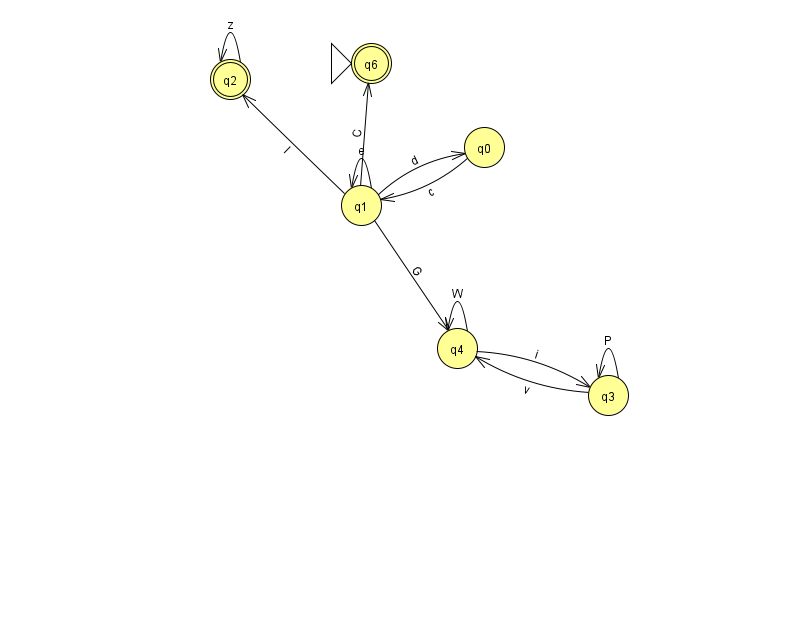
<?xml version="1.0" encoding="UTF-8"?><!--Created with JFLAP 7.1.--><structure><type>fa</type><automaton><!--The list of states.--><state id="0" name="q0"><x>484.0</x><y>134.0</y></state><state id="1" name="q1"><x>361.0</x><y>192.0</y></state><state id="2" name="q2"><x>230.0</x><y>66.0</y><final/></state><state id="3" name="q3"><x>608.0</x><y>382.0</y></state><state id="4" name="q4"><x>457.0</x><y>335.0</y></state><state id="6" name="q6"><x>371.0</x><y>50.0</y><initial/><final/></state><!--The list of transitions.--><transition><from>3</from><to>3</to><read>P</read></transition><transition><from>1</from><to>6</to><read>C</read></transition><transition><from>0</from><to>1</to><read>c</read></transition><transition><from>3</from><to>4</to><read>v</read></transition><transition><from>1</from><to>0</to><read>d</read></transition><transition><from>1</from><to>1</to><read>e</read></transition><transition><from>1</from><to>2</to><read>l</read></transition><transition><from>1</from><to>4</to><read>G</read></transition><transition><from>4</from><to>4</to><read>W</read></transition><transition><from>2</from><to>2</to><read>z</read></transition><transition><from>4</from><to>3</to><read>i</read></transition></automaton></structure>